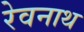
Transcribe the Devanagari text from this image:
रेवनाथ